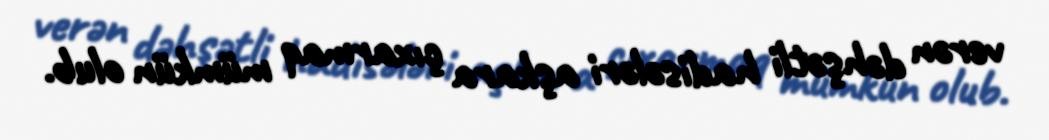
verən dəhşətli hadisələri aşkara çıxarmaq mümkün olub.